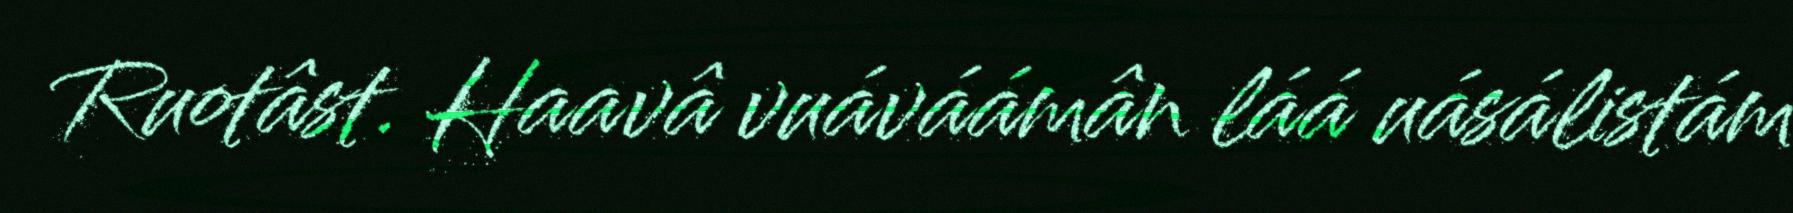
Ruotâst. Haavâ vuáváámân láá uásálistám